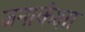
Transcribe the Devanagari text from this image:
जनाकंक्षा